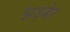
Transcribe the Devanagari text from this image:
झड़बेर